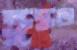
ক্রুদ্ধতা